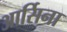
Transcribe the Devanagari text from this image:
आर्सिना